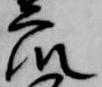
衆